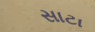
સાટા